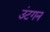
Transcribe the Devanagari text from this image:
उंटगन